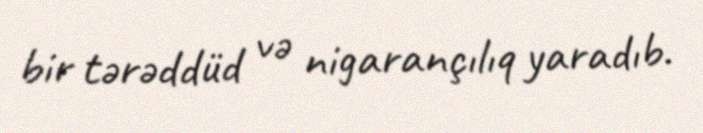
bir tərəddüd və nigarançılıq yaradıb.